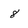
Character: 8